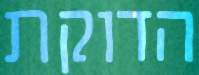
הדוקת